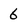
Character: 6